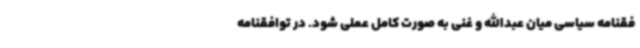
فقنامه سیاسی میان عبدالله و غنی به صورت کامل عملی شود. در توافقنامه